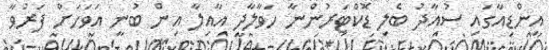
އިންޑިއާގައި ސުއާދު ބެލި ޑޮކްޓަރުންނާ ހަވާލާދީ އާއިލާ އިން ބުނީ އަވަހަށް ފަރުވާ